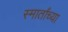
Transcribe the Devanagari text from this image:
स्मार्तांच्या